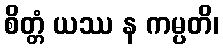
စိတ္တံ ယဿ န ကမ္ပတိ၊